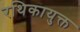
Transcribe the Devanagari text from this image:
रथिकायुक्त